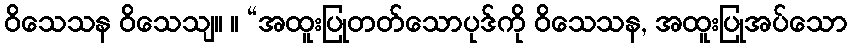
ဝိသေသန ဝိသေသျ။ ။ “အထူးပြုတတ်သောပုဒ်ကို ဝိသေသန, အထူးပြုအပ်သော